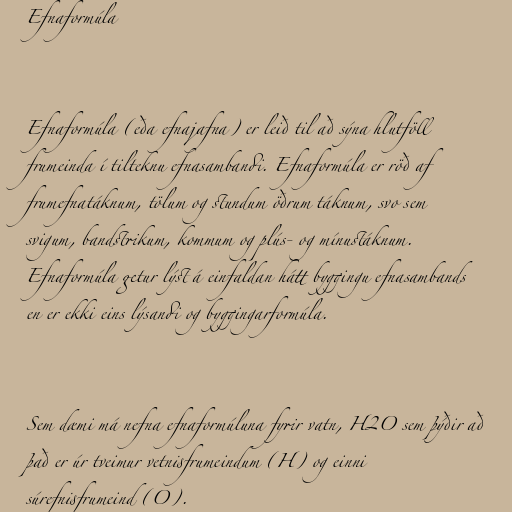
Efnaformúla

Efnaformúla (eða efnajafna) er leið til að sýna hlutföll
frumeinda í tilteknu efnasambandi. Efnaformúla er röð af
frumefnatáknum, tölum og stundum öðrum táknum, svo sem
svigum, bandstrikum, kommum og plús- og mínustáknum.
Efnaformúla getur lýst á einfaldan hátt byggingu efnasambands
en er ekki eins lýsandi og byggingarformúla.

Sem dæmi má nefna efnaformúluna fyrir vatn, H2O sem þýðir að
það er úr tveimur vetnisfrumeindum (H) og einni
súrefnisfrumeind (O).